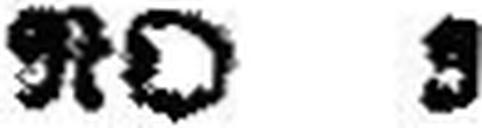
NO 3